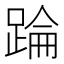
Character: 踚